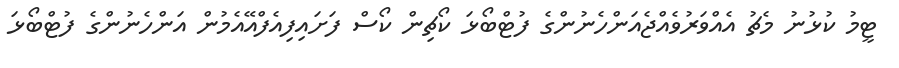
ޓީމު ކުޅުނު މެޗު އެއްވަރުވެއްޖެއަންހެނުންގެ ފުޓްބޯޅަ ކޯޗިން ކޯސް ފަށައިފިއެފްއޭއެމުން އަންހެނުންގެ ފުޓްބޯޅަ